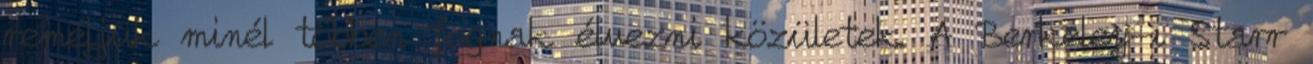
reméljük minél többen fognak élvezni közületek. A Berkeley-i Starr